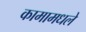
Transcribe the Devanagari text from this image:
कामामधले